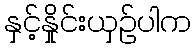
နှင့်နှိုင်းယှဉ်ပါက